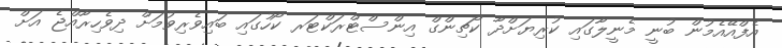
އެފްއޭއެމުން ބުނީ މެނީލާގައި ކުރިޔަށްދާ ކޯޗިންގް އިންސްޓްރަކްޓަރ ކޯހުގައި ބައިވެރިވުމަށް ދިވެހިރާއްޖެ އަށް